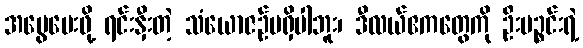
အမွေပေးဖို့ ရင်းနှီးတဲ့ သံယောဇဉ်မရှိပါဘူး၊ ဒီလယ်ဧကတွေကို ဦးပဉ္စင်းရဲ့